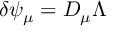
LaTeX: \delta \psi _ { \mu } = D _ { \mu } \Lambda